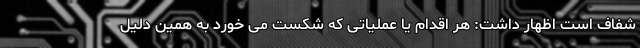
شفاف است اظهار داشت: هر اقدام یا عملیاتی که شکست می خورد به همین دلیل